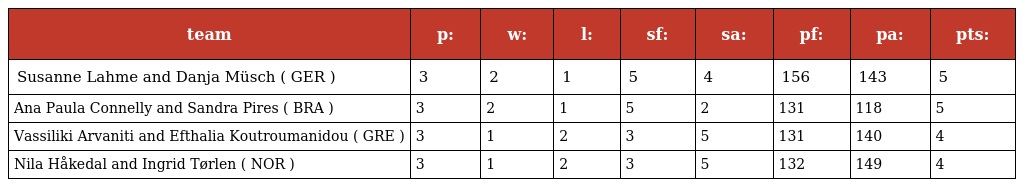
| team | p: | w: | l: | sf: | sa: | pf: | pa: | pts: |
 | --- | --- | --- | --- | --- | --- | --- | --- | --- |
 | Susanne Lahme and Danja Müsch ( GER ) | 3 | 2 | 1 | 5 | 4 | 156 | 143 | 5 |
 | Ana Paula Connelly and Sandra Pires ( BRA ) | 3 | 2 | 1 | 5 | 2 | 131 | 118 | 5 |
 | Vassiliki Arvaniti and Efthalia Koutroumanidou ( GRE ) | 3 | 1 | 2 | 3 | 5 | 131 | 140 | 4 |
 | Nila Håkedal and Ingrid Tørlen ( NOR ) | 3 | 1 | 2 | 3 | 5 | 132 | 149 | 4 |